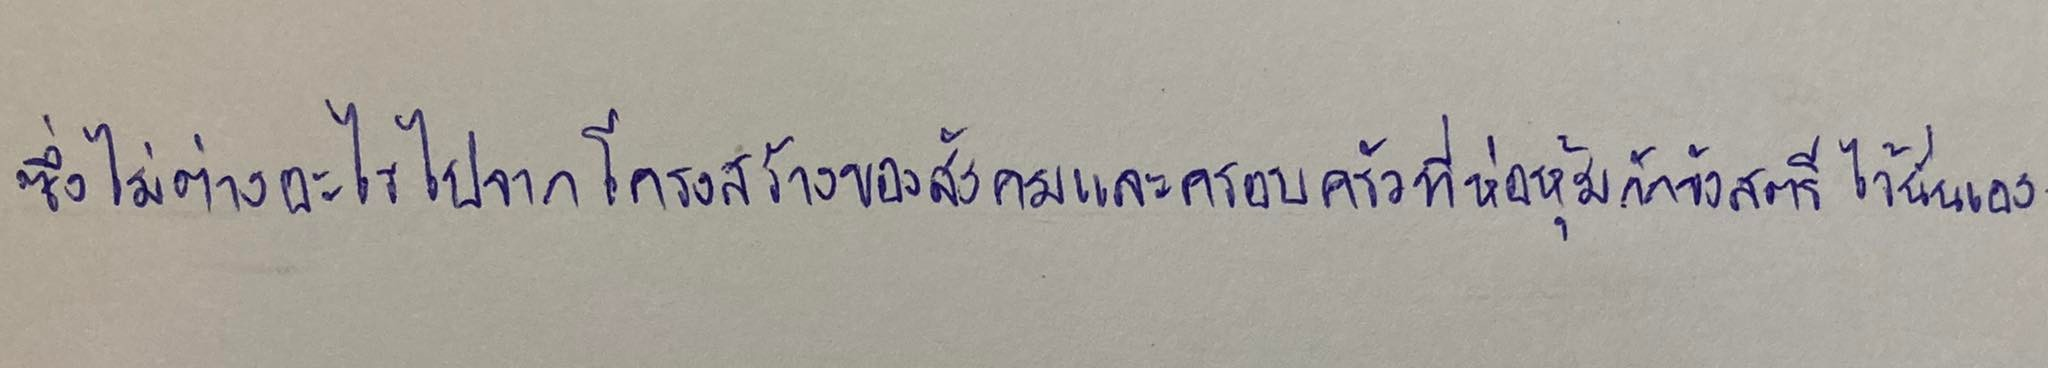
ซึ่งไม่ต่างอะไรไปจากโครงสร้างของสังคมและครอบครัวที่ห่อหุ้มกักขังสตรีไว้นั่นเอง